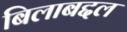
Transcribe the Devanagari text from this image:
बिलाबद्दल